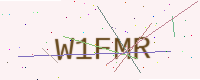
Text: W1FMR